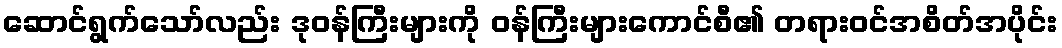
ဆောင်ရွက်သော်လည်း ဒုဝန်ကြီးများကို ဝန်ကြီးများကောင်စီ၏ တရားဝင်အစိတ်အပိုင်း